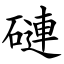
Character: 䃛